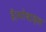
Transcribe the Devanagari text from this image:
है।मोबाइल